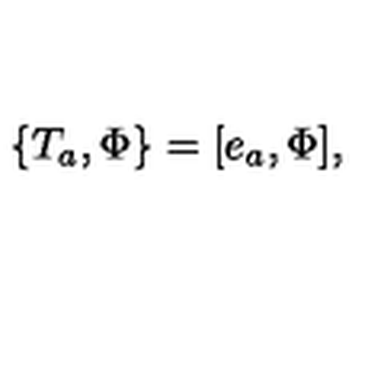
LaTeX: \{ T _ { a } , \Phi \} = [ e _ { a } , \Phi ] ,